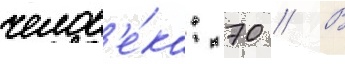
челов'е́ка: 70 // В